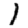
Digit: 1